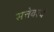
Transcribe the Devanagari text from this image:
सत्तेवरचे